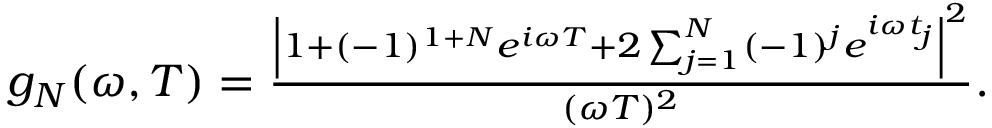
\begin{array} { r } { g _ { N } ( \omega , T ) = \frac { \left| 1 + ( - 1 ) ^ { 1 + N } e ^ { i \omega T } + 2 \sum _ { j = 1 } ^ { N } ( - 1 ) ^ { j } e ^ { i \omega t _ { j } } \right| ^ { 2 } } { ( \omega T ) ^ { 2 } } . } \end{array}